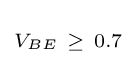
\scriptstyle V_{BE}~\geq ~0.7